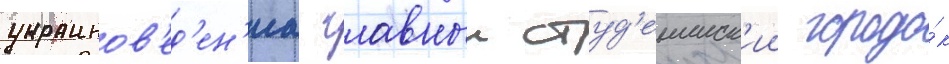
украинов'ед'ен'иа. главныи студ'енческ'ии городо́к